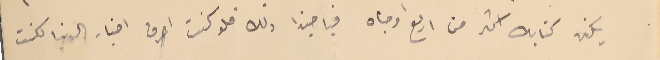
يكن كتابك اكثر من اربع اوجاه فيا حبذا ذلك فلو كنت اعرف اخبار الدنيا لكنت